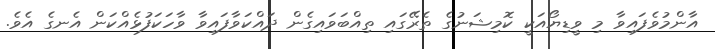
އާންމުވެފައިވާ މި ވީޑިޔޯއަކީ ކޮމިޝަނުގެ ތެރޭގައި ތިއްބަވައިގެން ދައްކަވާފައިވާ ވާހަކަފުޅެއްކަން އެނގެ އެވެ.